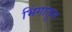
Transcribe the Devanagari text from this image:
भिंगातून